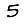
Digit: 5